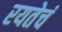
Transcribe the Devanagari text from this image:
रयतेचं